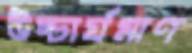
উচ্চার্যমাণ